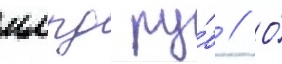
млрд ру́б // О́